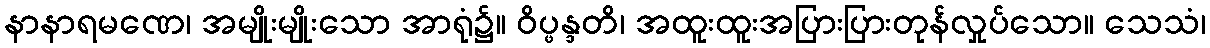
နာနာရမဏေ၊ အမျိုးမျိုးသော အာရုံ၌။ ဝိပ္ဖန္ဒတိ၊ အထူးထူးအပြားပြားတုန်လှုပ်သော။ သေသံ၊